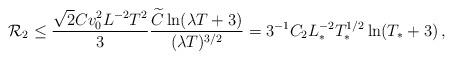
LaTeX: \begin{align*}\mathcal{R}_2\leq \frac{\sqrt{2}Cv^2_0L^{-2} T^2}{3}\frac{\widetilde{C}\ln(\lambda T+3)}{(\lambda T)^{3/2}}= 3^{-1}C_2{L}^{-2}_*{T}^{1/2}_*\ln({T}_*+3)\,,\end{align*}